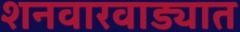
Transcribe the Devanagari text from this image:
शनवारवाड्यात